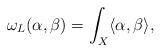
\begin{align*}\omega_{L}(\alpha,\beta)=\int_{X}\langle\alpha,\beta\rangle,\end{align*}